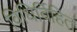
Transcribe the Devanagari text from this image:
विधिर्विहित